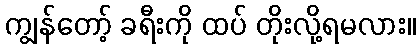
ကျွန်တော့် ခရီးကို ထပ် တိုးလို့ရမလား။